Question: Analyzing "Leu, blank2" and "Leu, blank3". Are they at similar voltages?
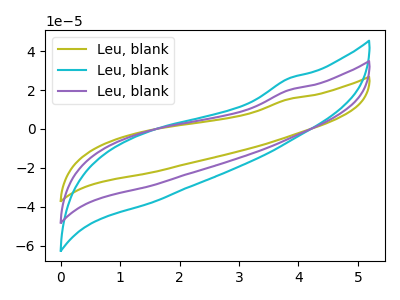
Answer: <think>The olive curve "Leu, blank1" has no peaks. The cyan curve "Leu, blank2" has no peaks. The purple curve "Leu, blank3" has no peaks.
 Neither "Leu, blank2" or "Leu, blank3" have any peaks.</think>
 <answer>"Leu, blank2" and "Leu, blank3" are similar in shape.</answer>
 <eval>same_shape</eval>